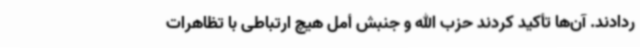
ردادند. آن‌ها تأکید کردند حزب الله و جنبش أمل هیچ ارتباطی با تظاهرات